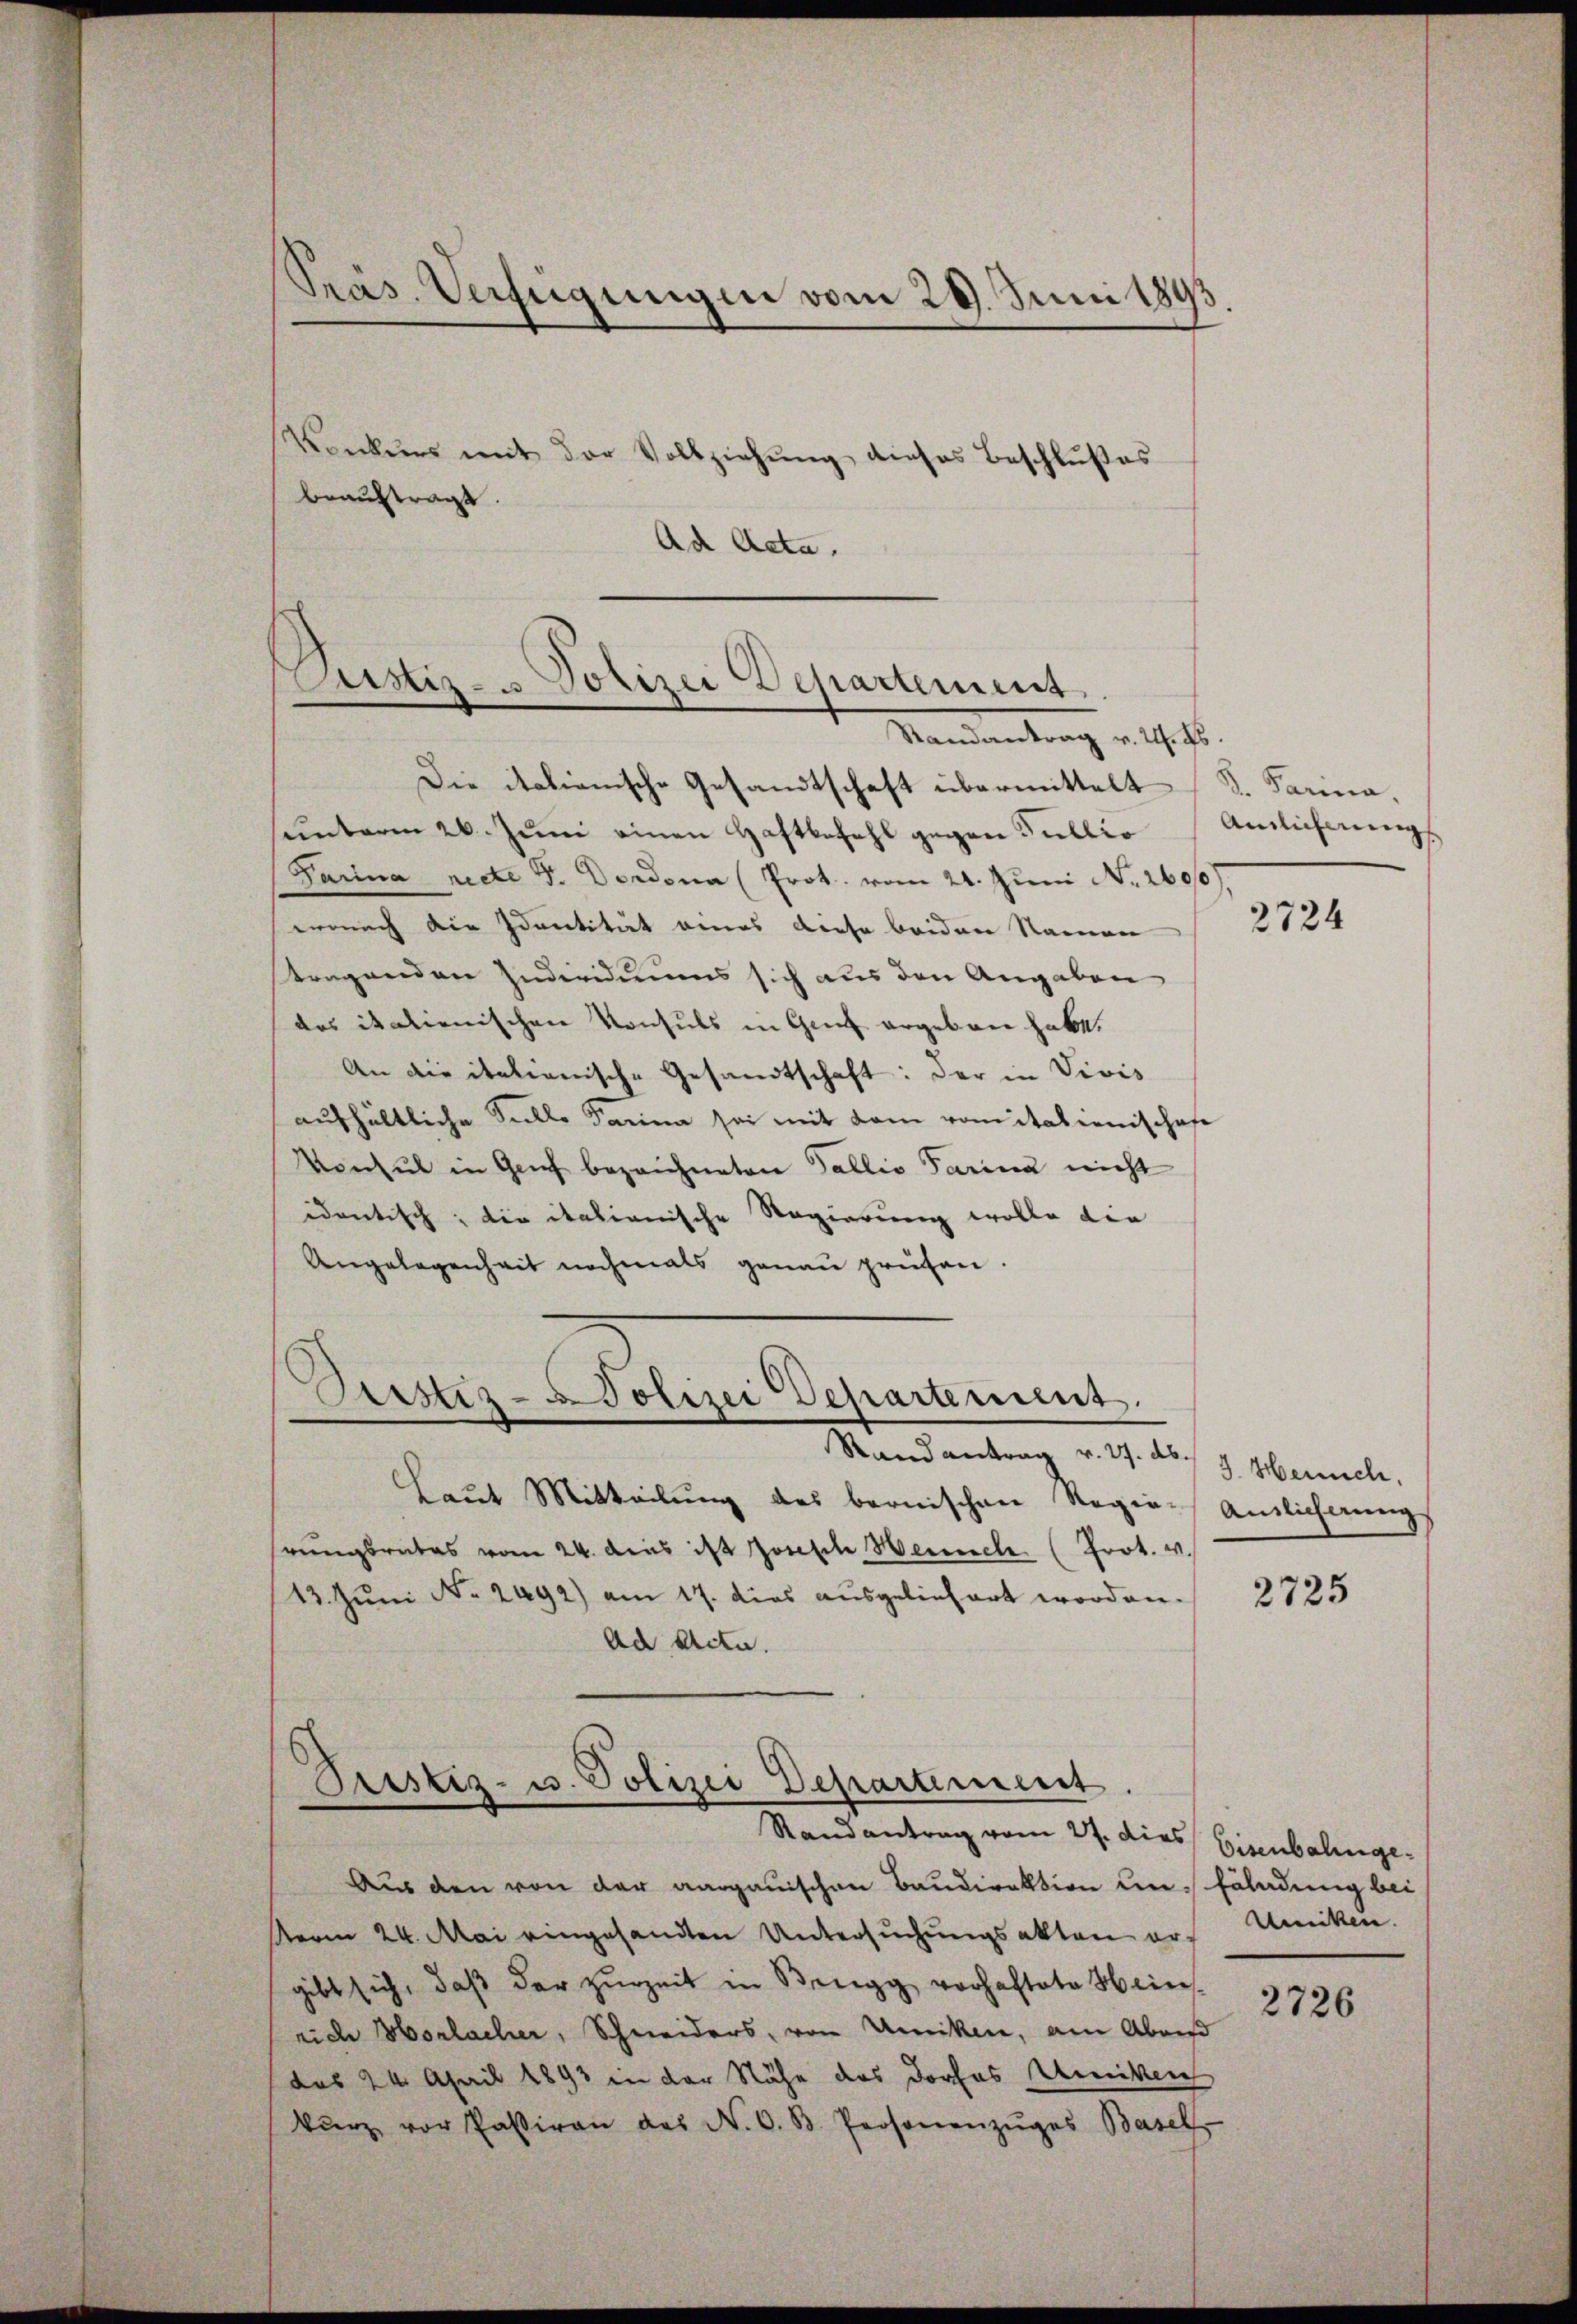
Präs. Verfügungen vom 29. Juni 1893

Konkurs mit der Vollziehŭng dieses Beschlŭβes
beauftragt.
Ad Acta.

Justiz- u Polizei Departement.
Randantrag v. 24. ds.

Die italienische Gesandtschaft übermittelt S. Parina,
sunterm 26. Juni einen Haftbefehl gegen Fullio Amlichung
Parina recte V. Derdona (Prot. vom 24. Juni N. 2600
wonach die Identität eines diese beiden Namen
stragenden Individuums sich aus den Angaben
das italienischen Konsuls in Genf ergeben habe.
An die italienische Gesandtschaft: der in Vivis
aufhältliche Sullo Parina sei mit dem romitationischafe
Konsul in Genf bezeichneten Fallis Parina nicht
Regierung wolle die
identisch; die italianische
Angelegenheit nochmals genau prüfen.
Pristiz - Polizei Departement.
Stand antrag v. 27. ab.
Laut Mitteilung des bernischen Regie-Anslicherung
hrungsrates vom 24. des ist Joseph Heusch. (Prot. v.
13. Juni No 2492) am 17. dies ausgeliefert worden.
Ach Acta.

Pristiz- u. Polizei Departement.
Randantrag vom 27. dies Eisenbahnge¬

Aus den von der aargauischen Baudirektion um Erladung bei
sterm 24. Mai eingesandten Untersuchungsakten er Unken.
gibt sich, daß der zurzeit in Brugg vorhaftete Hein
rich Horlacher, Schneiders, von Uiriken, am Aben
das 24. April 1893 in der Nähe des Dorfes Uniken
kŭrz vor Passiren des N. O. B. Personenzŭges Basel

2724

J. Heusch.

2725

2726